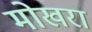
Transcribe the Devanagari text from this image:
मोखरा